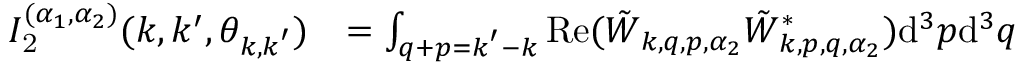
\begin{array} { r l } { I _ { \mathrm { 2 } } ^ { ( \alpha _ { 1 } , \alpha _ { 2 } ) } ( k , k ^ { \prime } , \theta _ { \boldsymbol { k } , \boldsymbol { k } ^ { \prime } } ) } & { = \int _ { \boldsymbol { q } + \boldsymbol { p } = \boldsymbol { k } ^ { \prime } - \boldsymbol { k } } \mathrm { R e } ( \tilde { W } _ { \boldsymbol { k } , \boldsymbol { q } , \boldsymbol { p } , \alpha _ { 2 } } \tilde { W } _ { \boldsymbol { k } , \boldsymbol { p } , \boldsymbol { q } , \alpha _ { 2 } } ^ { * } ) \mathrm { d } ^ { 3 } \boldsymbol { p } \mathrm { d } ^ { 3 } \boldsymbol { q } } \end{array}